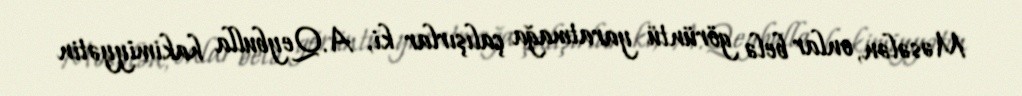
Məsələn, onlar belə görüntü yaratmağa çalışırlar ki, A.Qeybulla hakimiyyətin